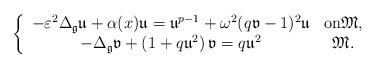
LaTeX: \begin{align*}\left\{\begin{array}[c]{cc}-\varepsilon^{2}\Delta_{\mathfrak{g}}\mathfrak{u}+\alpha(x)\mathfrak{u}=\mathfrak{u}^{p-1}+\omega^{2}(q\mathfrak{v}-1)^{2}\mathfrak{u} & \text{on}\mathfrak{M},\\-\Delta_{\mathfrak{g}}\mathfrak{v}+\left( 1+q\mathfrak{u}^{2}\right)\mathfrak{v}=q\mathfrak{u}^{2} & \mathfrak{M}.\end{array}\right. \end{align*}